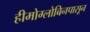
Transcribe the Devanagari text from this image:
हीमोग्लोबिनपासून